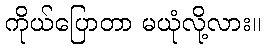
ကိုယ်ပြောတာ မယုံလို့လား။